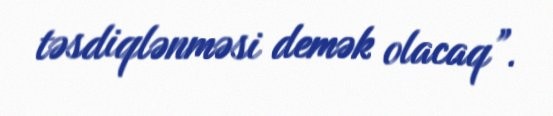
təsdiqlənməsi demək olacaq”.